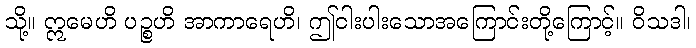
သို့။ ဣမေဟိ ပဉ္စဟိ အာကာရေဟိ၊ ဤငါးပါးသောအကြောင်းတို့ကြောင့်။ ဝိသဒါ၊